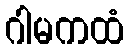
ဂါမကထံ